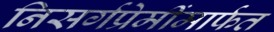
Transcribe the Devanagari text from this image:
निसर्गप्रेमींमार्फत